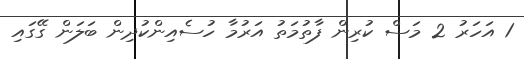
1 އަހަރު 2 މަސް ކުރިން ފާތުމަތު އަރުމާ ހުސެއިންކުދިން ބަލަން ގޭގައި